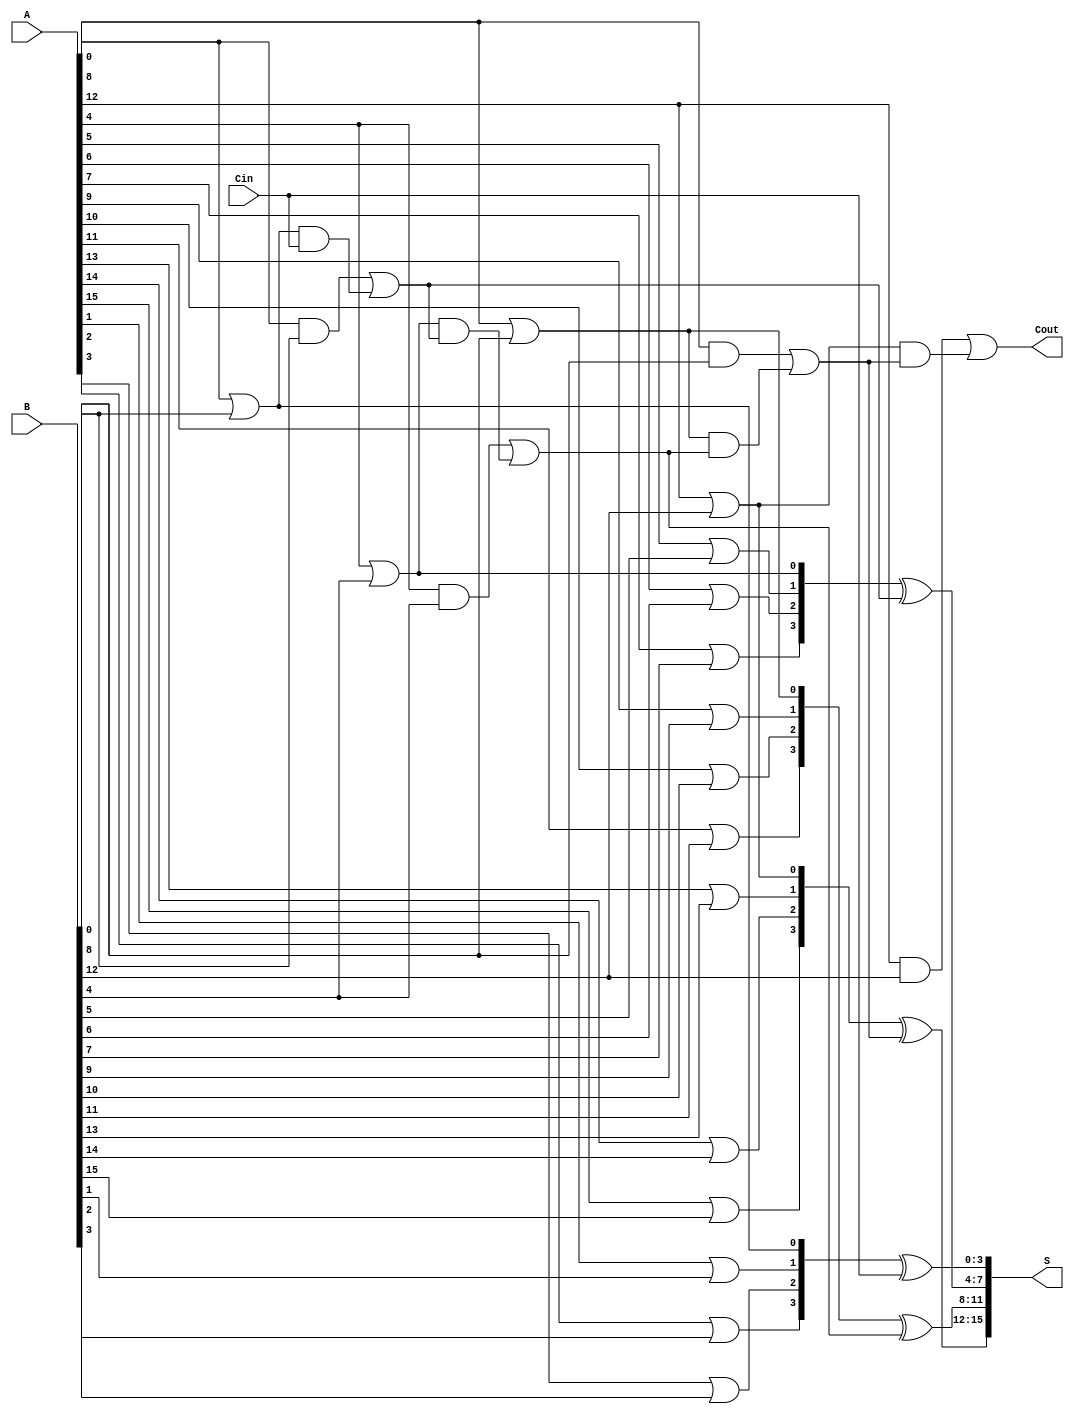
module CSPA #(parameter N = 16, // Total bits
              parameter K = 4)   // Block size
(
    input  [N-1:0] A,      // First operand
    input  [N-1:0] B,      // Second operand
    input          Cin,     // Carry in
    output [N-1:0] S,      // Sum output
    output         Cout     // Carry out
);

    // Number of blocks
    localparam NUM_BLOCKS = N / K;

    // Generate and propagate signals
    wire [N-1:0] G; // Generate
    wire [N-1:0] P; // Propagate
    wire [NUM_BLOCKS-1:0] C; // Carry out for each block
    wire [NUM_BLOCKS:0] C_temp; // Temporary carry signals for carry select

    // Generate and propagate computation
    genvar i;
    generate
        for (i = 0; i < N; i = i + 1) begin : gen_prop
            assign G[i] = A[i] & B[i];
            assign P[i] = A[i] | B[i];
        end
    endgenerate

    // Carry generation using prefix tree
    assign C_temp[0] = Cin; // Initial carry in

    generate
        for (i = 0; i < NUM_BLOCKS; i = i + 1) begin : carry_gen
            wire [K-1:0] G_block;
            wire [K-1:0] P_block;

            // Extract G and P for the current block
            assign G_block = G[i*K +: K];
            assign P_block = P[i*K +: K];

            // Carry out for the current block
            if (i == 0) begin
                assign C_temp[i + 1] = G_block[0] | (P_block[0] & C_temp[i]);
            end else begin
                assign C_temp[i + 1] = G_block[0] | (P_block[0] & C_temp[i]);
            end
            assign C[i] = C_temp[i + 1];
        end
    endgenerate

    // Sum computation
    generate
        for (i = 0; i < NUM_BLOCKS; i = i + 1) begin : sum_calc
            wire [K-1:0] S_block;
            wire [K-1:0] P_block;

            // Extract P for the current block
            assign P_block = P[i*K +: K];

            // Sum for the current block
            assign S_block = P_block ^ C_temp[i];

            // Assign to final sum output
            assign S[i*K +: K] = S_block;
        end
    endgenerate

    // Final carry out
    assign Cout = C[NUM_BLOCKS - 1];

endmodule